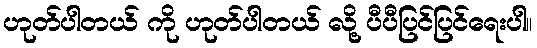
ဟုတ်ပါတယ် ကို ဟုတ်ပါတယ် လို့ ပီပီပြင်ပြင်ရေးပါ။